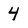
Character: 4